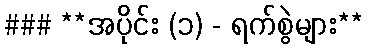
### **အပိုင်း (၁) - ရက်စွဲများ**